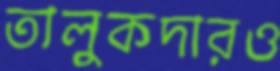
তালুকদারও